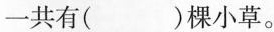
一共有( )棵小草。